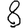
Digit: 8